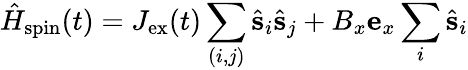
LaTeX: \hat{H}_{\mathrm{spin}}(t)=J_{\mathrm{ex}}(t)\sum_{(i,j)}\hat{\mathbf s}_{i}\hat{\mathbf s}_{j}+B_{x}{\mathbf e}_{x}\sum_{i}\hat{\mathbf s}_{i}